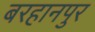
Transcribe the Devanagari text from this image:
बरहानपुर